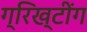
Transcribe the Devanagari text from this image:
ग्रिख्टींग